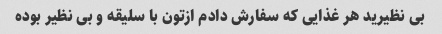
بی نظیرید هر غذایی که سفارش دادم ازتون با سلیقه و بی نظیر بوده